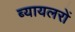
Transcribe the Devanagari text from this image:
ब्यायलरों